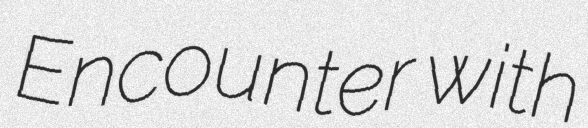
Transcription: Encounter with